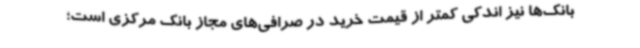
بانک‌ها نیز اندکی کمتر از قیمت خرید در صرافی‌های مجاز بانک مرکزی است؛